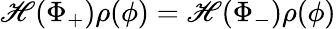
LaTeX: \mathscr{H}(\Phi_{+})\rho(\phi)=\mathscr{H}(\Phi_{-})\rho(\phi)